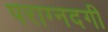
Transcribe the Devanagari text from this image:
पराग्नदगी